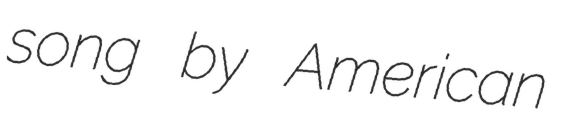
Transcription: song by American